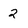
Character: 2